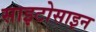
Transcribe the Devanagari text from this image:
साइटोसाइन